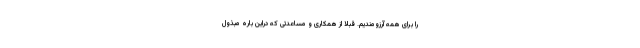
را برای همه آرزومندیم. قبلا از همکاری و مساعدتی که دراین باره مبذول